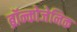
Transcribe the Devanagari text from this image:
ब्रॉन्कोजेनिक